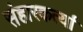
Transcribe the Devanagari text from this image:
संहारकर्त्या